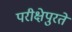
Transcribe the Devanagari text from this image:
परीक्षेपुरते